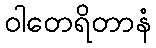
ဝါတေရိတာနံ